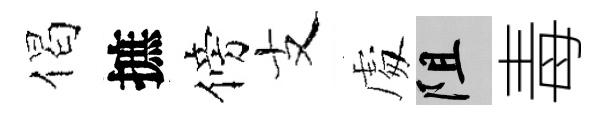
偈摭傍支䖏阻毒